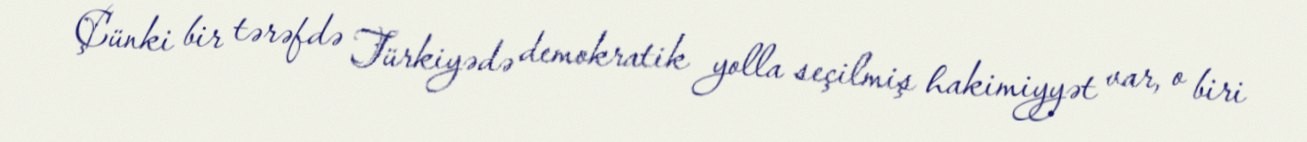
Çünki bir tərəfdə Türkiyədə demokratik yolla seçilmiş hakimiyyət var, o biri